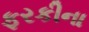
ફરકીના